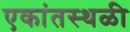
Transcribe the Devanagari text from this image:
एकांतस्थळी